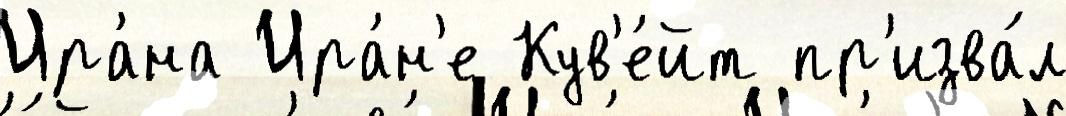
Ира́на Ира́н'е Кув'е́йт пр'изва́л